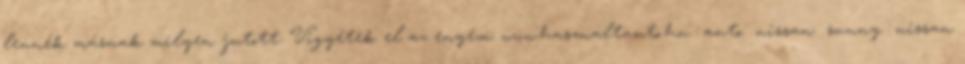
lennék másnak milyen jutott. Vigyétek el az enyém: www.hasznaltauto.hu auto nissan sunny nissan